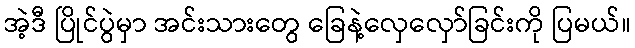
အဲ့ဒီ ပြိုင်ပွဲမှာ အင်းသားတွေ ခြေနဲ့လှေလှော်ခြင်းကို ပြမယ်။